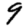
Digit: 9